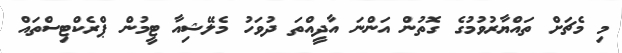
މި މެޗަށް ތައްޔާރުވުމުގެ ގޮތުން އަންނަ އާދީއްތަ ދުވަހު މެލޭޝިއާ ޓީމުން ޕްރެކްޓިސްތައް